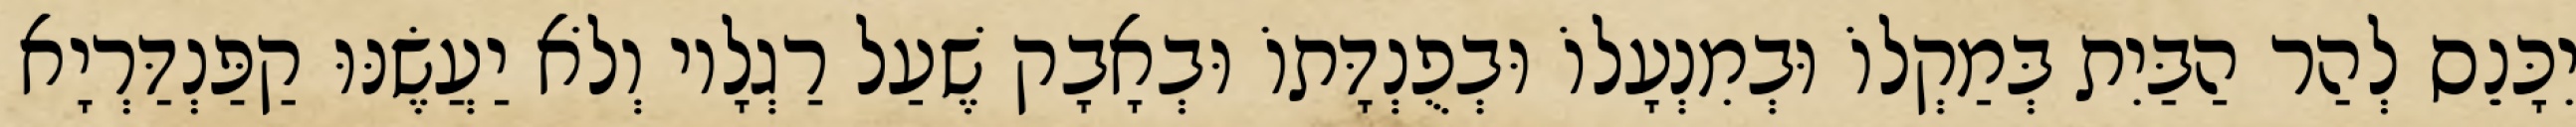
יִכָּנֵס לְהַר הַבַּיִת בְּמַקְלוֹ וּבְמִנְעָלוֹ וּבְפֻנְדָּתוֹ וּבְאָבָק שֶׁעַל רַגְלָיו וְלֹא יַעֲשֶׂנּוּ קַפַּנְדַּרְיָא